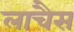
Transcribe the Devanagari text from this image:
लाचैस